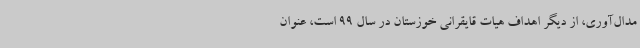
مدال‌آوری، از دیگر اهداف هیات قایقرانی خوزستان در سال 99 است، عنوان